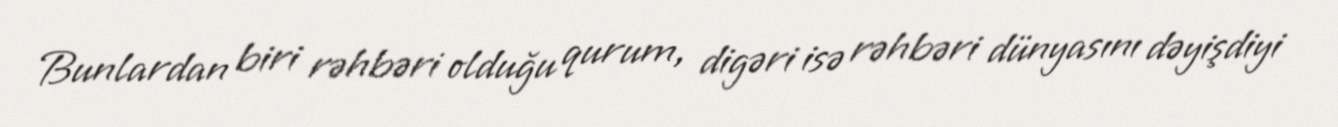
Bunlardan biri rəhbəri olduğu qurum, digəri isə rəhbəri dünyasını dəyişdiyi